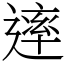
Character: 䢦